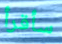
سأقرأ